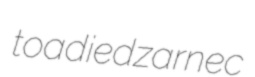
toadied zarnec